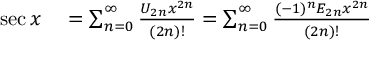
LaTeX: \begin{array} { r l } { \sec x } & { { } { } = \sum _ { n = 0 } ^ { \infty } { \frac { U _ { 2 n } x ^ { 2 n } } { ( 2 n ) ! } } = \sum _ { n = 0 } ^ { \infty } { \frac { ( - 1 ) ^ { n } E _ { 2 n } x ^ { 2 n } } { ( 2 n ) ! } } } \end{array}